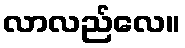
လာလည်လေ။